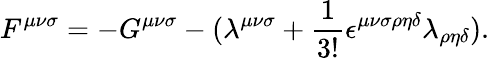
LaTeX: F^{{\mu}{\nu}{\sigma}}=-G^{{\mu}{\nu}{\sigma}}-({\lambda}^{{\mu}{\nu}{\sigma}}+\frac{1}{3!}{\epsilon}^{{\mu}{\nu}{\sigma}{\rho}{\eta}{\delta}}{\lambda}_{{\rho}{\eta}{\delta}}).